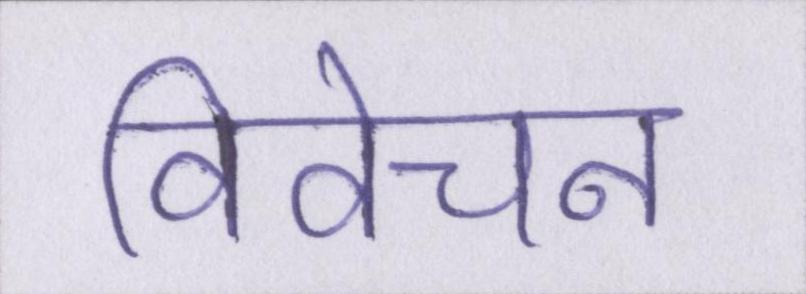
विवेचन